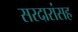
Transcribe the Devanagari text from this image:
सरदारांसह